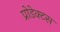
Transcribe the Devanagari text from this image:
प्रोडेक्टस